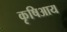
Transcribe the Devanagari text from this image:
कृषिआय